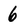
Character: 6